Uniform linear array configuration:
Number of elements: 24
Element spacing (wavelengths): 0.25
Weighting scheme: hann
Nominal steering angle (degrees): -30
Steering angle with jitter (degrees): -30.702
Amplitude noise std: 0.05
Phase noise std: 0.05

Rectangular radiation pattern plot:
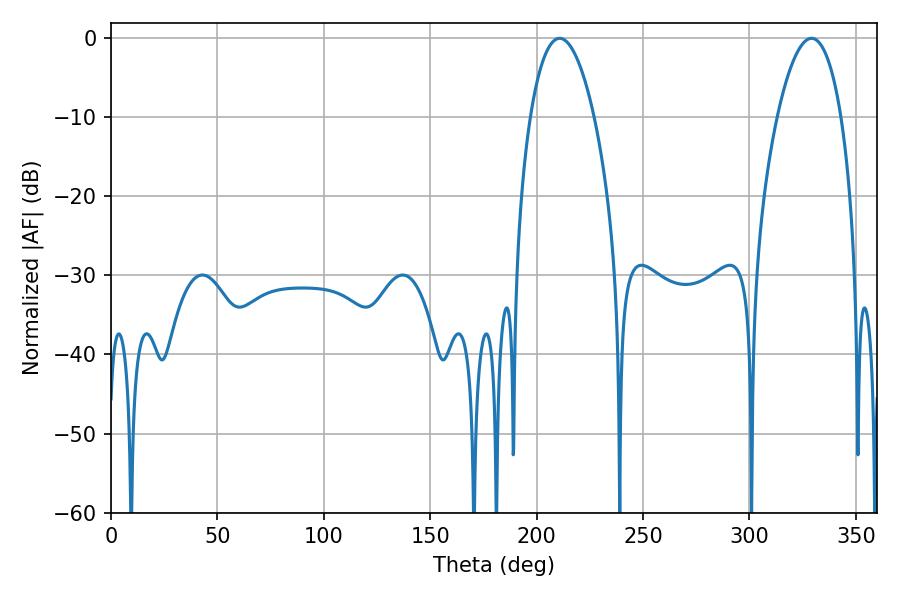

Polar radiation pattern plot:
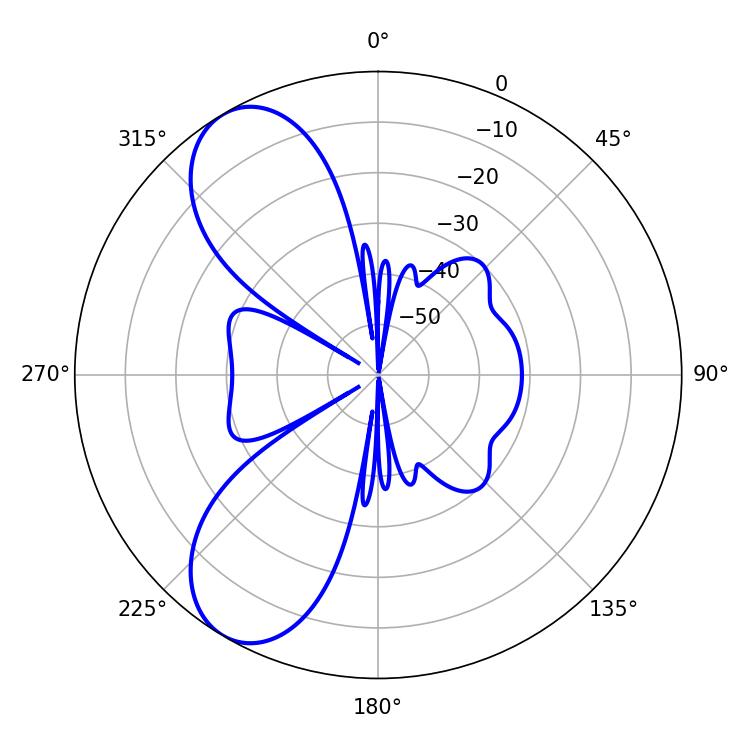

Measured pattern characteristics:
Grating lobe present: FALSE
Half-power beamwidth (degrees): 16.74
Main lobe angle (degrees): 210.78